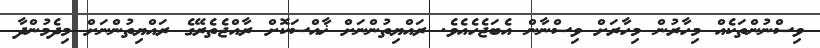
ވިސްނުންތަކެއް މިހާރުން މިހާރަށް ވިސްނާން އެބަޖެހެއެވެ. ރައްޔިތުންނަށް ޚާއްސަކޮށް ރާއްޖެތެރޭގެ ރައްޔިތުންނަށް މިދެމުންދާ